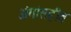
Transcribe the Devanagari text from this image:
अंगांसहीत